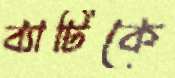
ব্যাটিকে